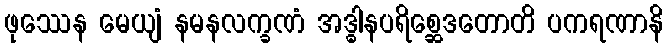
ဖုဿေန မေယျံ နမနလက္ခဏံ အဒ္ဓါနပရိစ္ဆေဒတောတိ ပကရဏာနိ